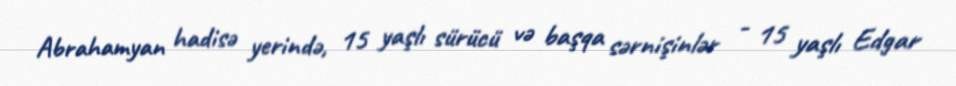
Abrahamyan hadisə yerində, 15 yaşlı sürücü və başqa sərnişinlər - 15 yaşlı Edgar